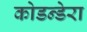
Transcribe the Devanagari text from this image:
कोडन्डेरा